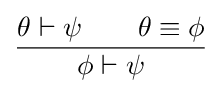
{\frac {\theta \vdash \psi \quad \quad \theta \equiv \phi }{\phi \vdash \psi }}